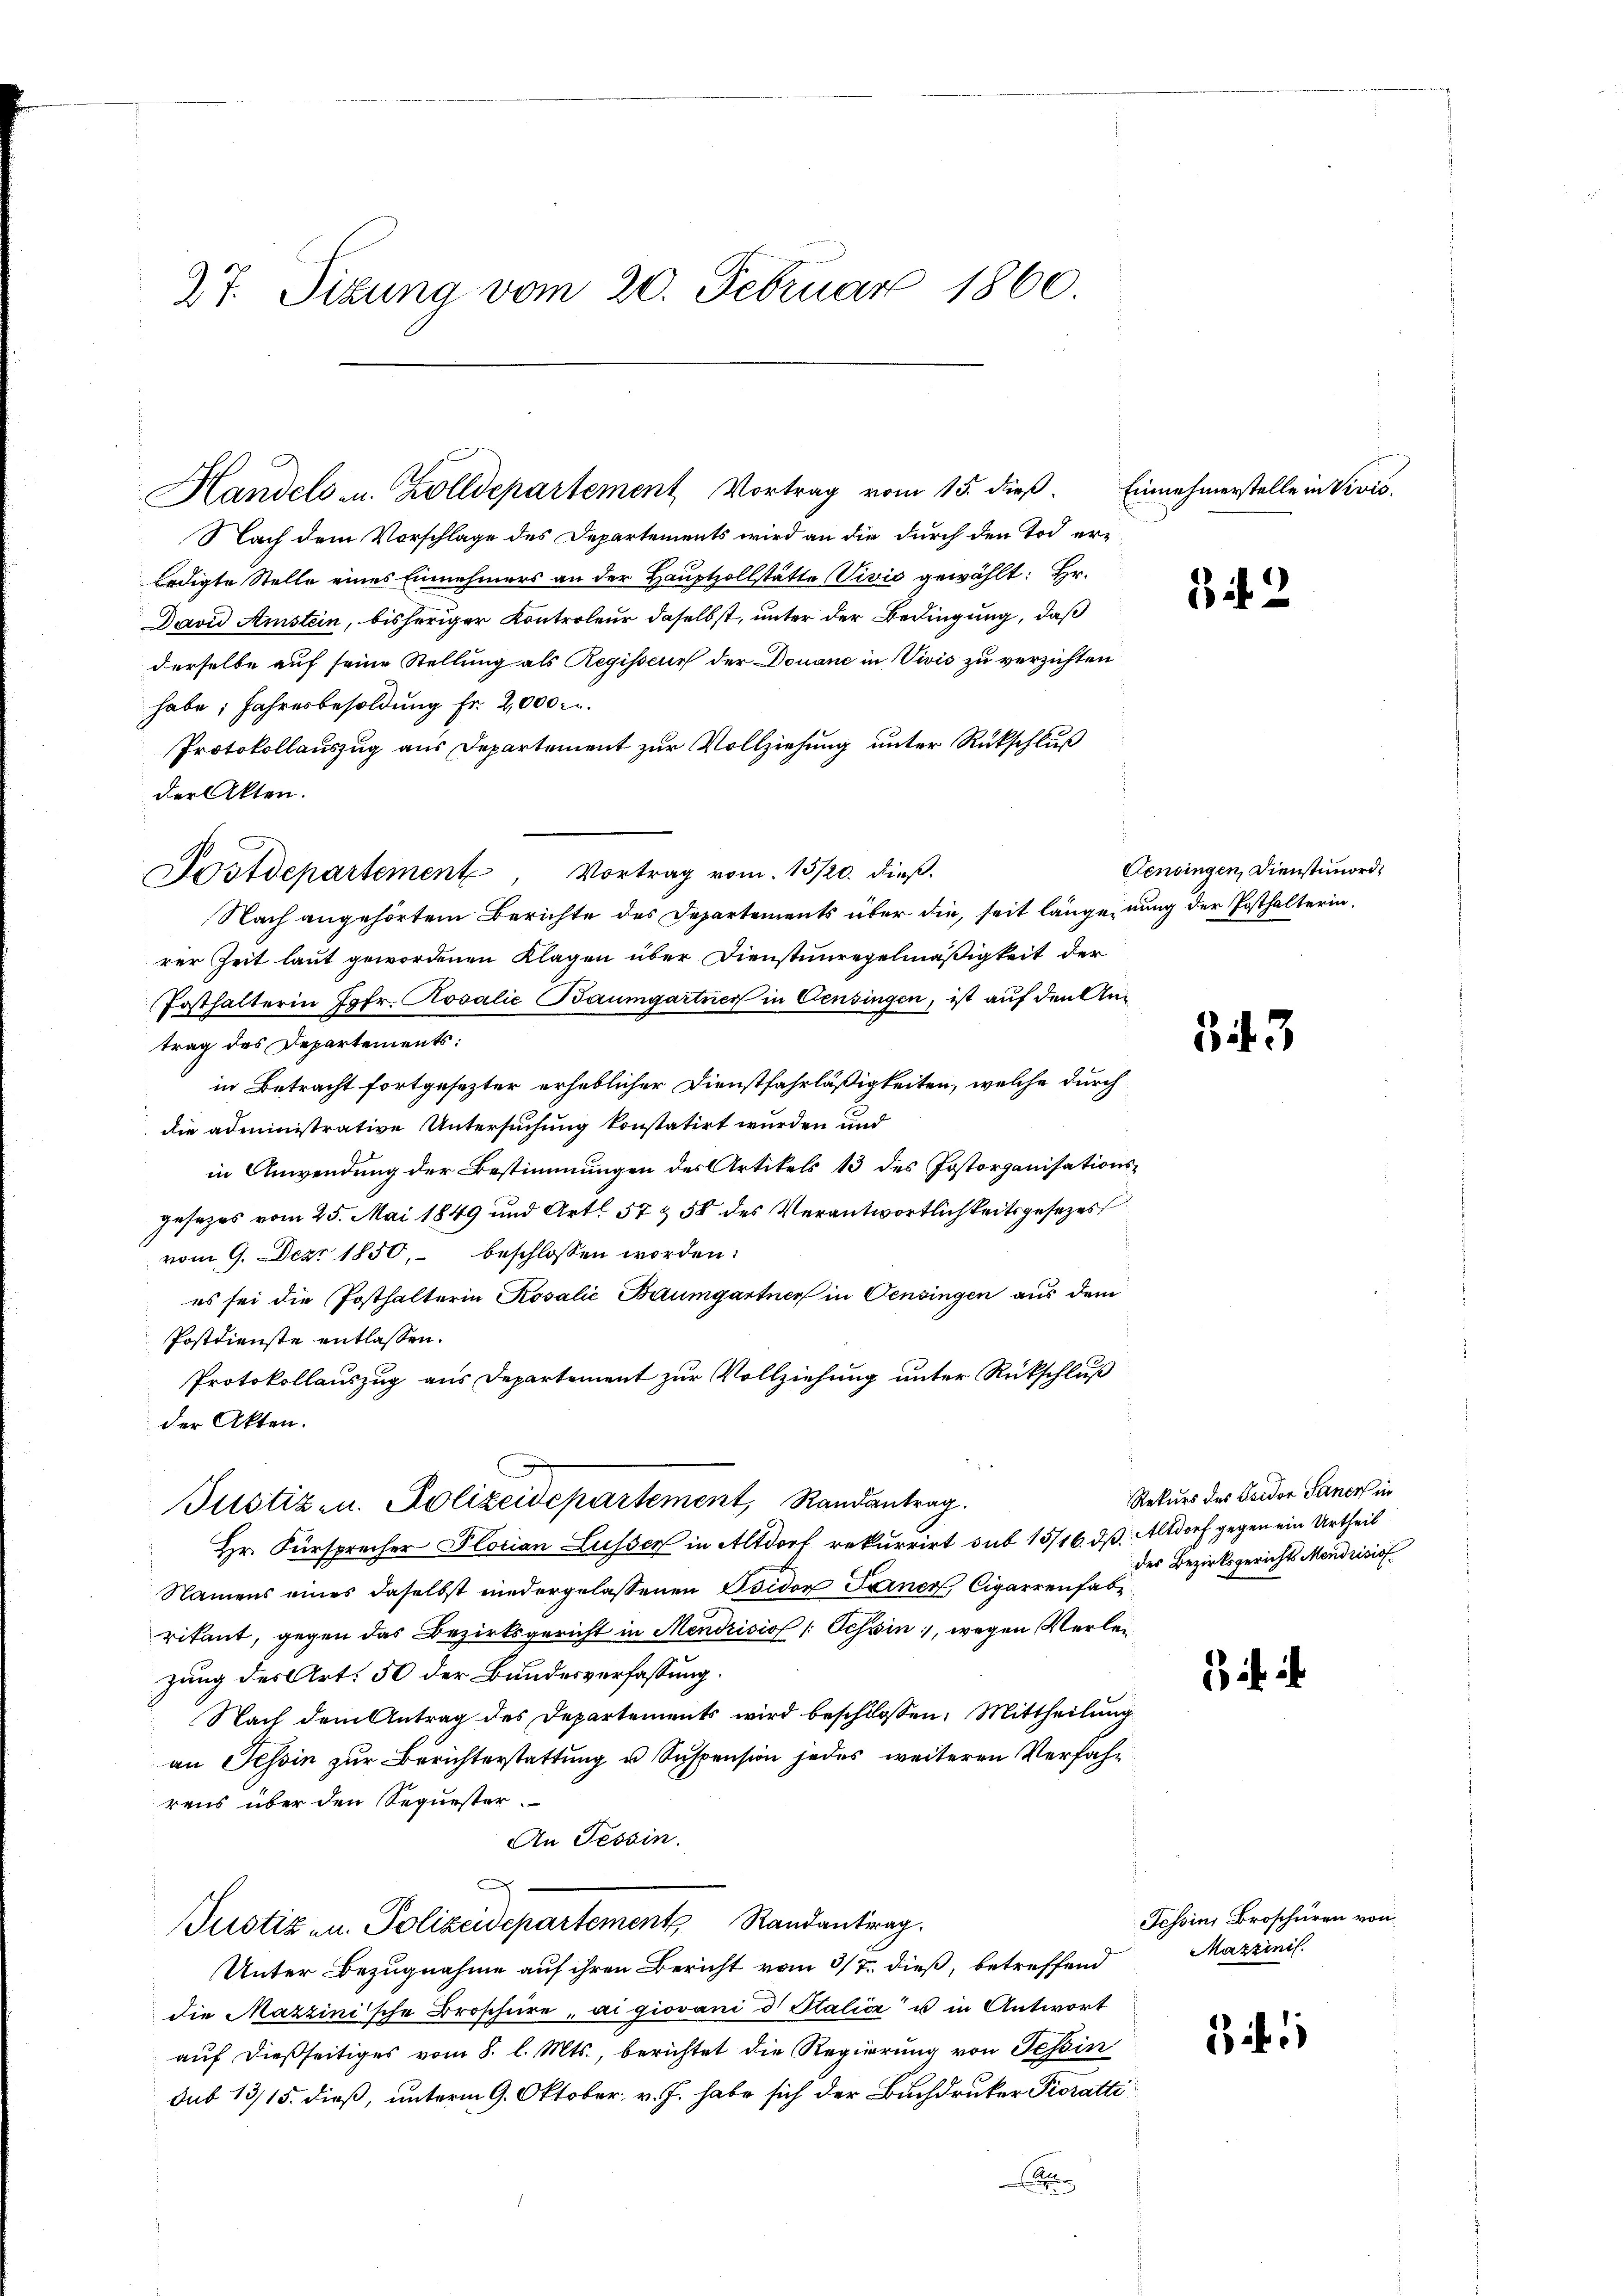
27. Sitzung vom 20. Februar 1860.

Handels u. Zolldepartement Vortrag vom 15. dieß.

Postdepartement, Vortrag vom 15/20. dieß.

Nach dem Vorschlage des Departements wird an die durch den Tod erledigte Stelle eines Einnehmers an der Hauptzollstätte Vivić gewählt: Hr.
David Amstein, bisheriger Kontroleur daselbst, unter der Bedingung, daß
derselbe auf seine Stellung als Regisseur der Douane in Vivis zu verzichten
habe; Jahresbesoldung fr. 2,000 c.
Protokollauszug aus Departement zur Vollziehung unter Rückschluß
der Akten.
Nach angehörtem Berichte des Departements über die, seit länge nung der Posthalterin,
rer Zeit laut gewordenen Klagen über Dienstunregelmäßigkeit der
Fosthalterin Jgfr. Rosalie Baumgartner in Censingen, ist auf den Antrag des Departements:
in Betracht fortgesezter erheblicher Dienstfahrläßigkeiten, welche durch
die administrative Untersuchung konstatirt wurden und
in Anwendung der Bestimmungen des Artikels 13 des Postorganisationsgesezes vom 25. Mai 1849 und Art. 57 & 58 des Verantwortlichkeitsgesezes
vom 9. Dez. 1850, beschlossen worden.
es sei die Posthalterin Rosalić Baumgartner in Censingen aus dem
Postdienste entlassen.
Protokollauszug aus Departement zur Vollziehung unter Rückschluß
der Akten.
Justiz- u. Polizeidepartement, Randantrag.
Hr. Fürsprecher Plorian Lusser in Altdorf rekurrirt sub 15/16. dß. Altdorf gegen ein Urtheil
Namens eines daselbst niedergelassenen Isidor Ferner, Cigarrenhabe
rikant, gegen das Bezirksgericht in Mendrisiof /: Tessin, wegen Verlezung des Art. 50 der Bundesverfassung.
Nach dem Antrag des Departements wird beschlossen: Mittheilŭng
an Tessin zur Berichterstattung u Suspension jedes weiteren Verfahr
rens über den Sequester.
An Tessin.
D
Justiz- u. Polizeidepartement, Randantrag.
Unter Bezugnahme auf ihren Bericht vom 3/7. dieß, betreffend
die Mazzinische Broschiere, ai giovani d. Stalicz u in Antwort
auf dießseitiges vom 8. l. Mts., berichtet die Regierung von Tessin
Sub 13/15. dieß, unterm 9. Oktober. v. J. habe sich der Buchdruker Pioratti
x

Einnehmerstelle in Vicis.

dit 2

Censingen, Dienstenord¬

343

Rekurs des Fridor Sanen in
des Bezirksgerichts Mendrisio

Tessin, Broschüren von
Mazzinis.